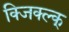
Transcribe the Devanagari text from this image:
क्जिक्ल्क्